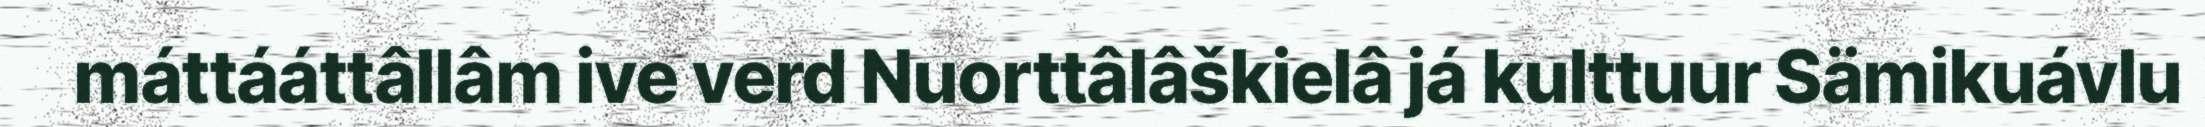
máttááttâllâm ive verd Nuorttâlâškielâ já kulttuur Sämikuávlu